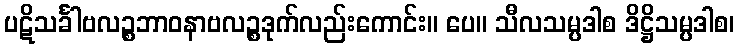
ပဋိသင်္ခါဗလဉ္စဘာဝနာဗလဉ္စဒုက်လည်းကောင်း။ ပေ။ သီလသမ္ပဒါစ ဒိဋ္ဌိသမ္ပဒါစ၊